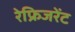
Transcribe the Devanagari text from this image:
रेफ्रिजरेंट